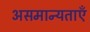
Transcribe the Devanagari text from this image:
असमान्यताएँ